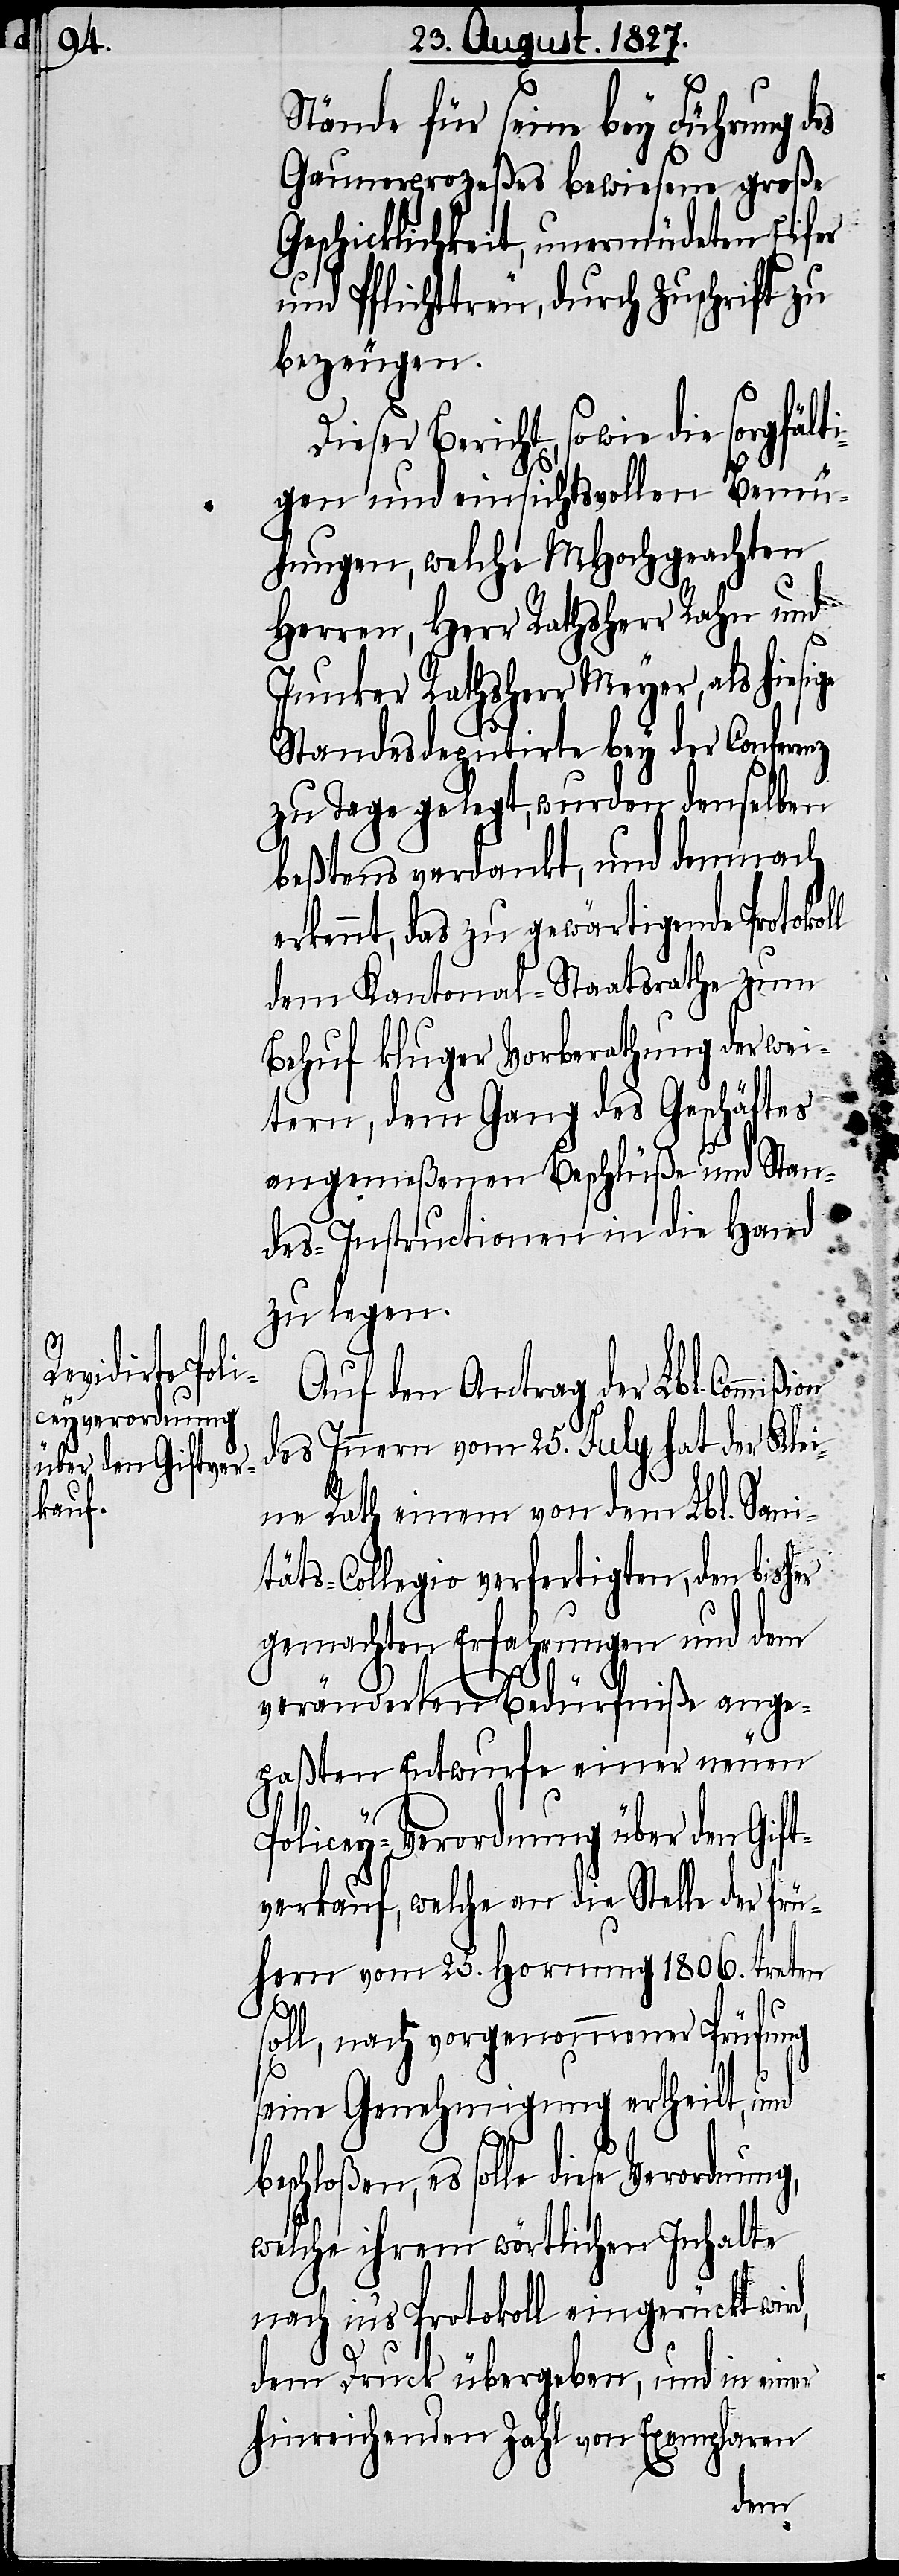
Stände für seine bey Führung des
Gaunerprozeßes bewiesene große
Geschicklichkeit, unermüdeten Eifer
und Pflichttreu, durch Zuschrift zu
bezeugen.
eser Bericht, sowie die sorgfält¬
igen und einsichtsvollen Bemü¬
hungen, welche MHochgeachten
Herren, Herr Rathsherr Rahn und
Junker Rathsherr Meyer, als hiesige
Standesdeputirte bey der Conferenz
zu Tage gelegt, wurden denselben
beßtens verdankt, und demnach
erkennt, das zu gewärtigende Protokol¬
dem Kantonal-Staatsrathe zum
Behuf kluger Vorberathung der wei¬
tern, dem Gang des Geschäftes
angemeßenen Beschlüße und Stan¬
des-Instructionen in die Hand
zu legen.
Auf den Antrag der Lbl. Commißion
des Innern vom 25. July hat der Klei¬
ne Rath einen von dem Lbl. San¬
Di¬
itäts-Collegio verfertigten, den bisher
gemachten Erfahrungen und dem
veränderten Bedürfniße ange¬
paßten Entwurfe einer neuen
Policey-Verordnung über den Gift¬
verkauf, welche an die Stelle der frü¬
hern vom 25. Hornung 1806. treten
soll, nach vorgenommener Prüfung
seine Genehmigung ertheilt, und
beschloßen, es solle diese Verordnung,
welche ihrem wörtlichen Inhalte
nach in’s Protokoll eingerückt wir¬
d,
dem Druck übergeben, und in einer
hinreichenden Zahl von Exemplaren